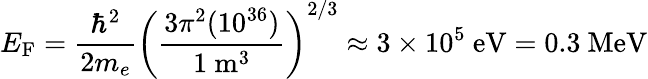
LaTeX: E_{\mathrm{F}}={\frac{\hbar^{2}}{2m_{e}}}\left({\frac{3\pi^{2}(10^{36})}{1\ \mathrm{m}^{3}}}\right)^{2/3}\approx 3\times 10^{5}\ \mathrm{eV}=0.3\ \mathrm{MeV}